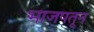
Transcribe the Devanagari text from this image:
भाजपतून